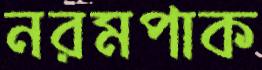
নরমপাক